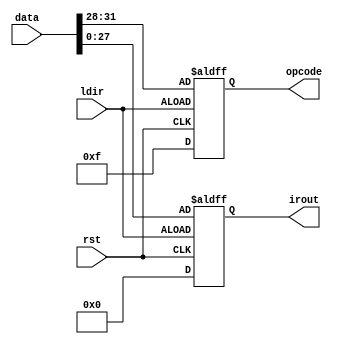
module instruction_register(       
    input wire rst,          // Reset signal
    input wire ldir,         // Load instruction signal
    input wire [31:0] data,  // 32-bit instruction input
    output reg [3:0] opcode, // 4-bit opcode output
    output reg [27:0] irout  // 28-bit instruction output
);

always @(posedge rst or posedge ldir) begin
    if (ldir) begin
        // If load instruction signal is asserted, load the data into opcode and irout
        opcode <= data[31:28]; // MSB 4 bits as opcode
        irout <= data[27:0];   // Remaining 28 bits as irout
    end
    else if (rst) begin
        // If reset is asserted, set opcode to all 1's and irout to 0
        opcode <= 4'b1111;
        irout <= 28'b0;
    end  
    // No 'else' statement; retain the current value if neither rst nor ldir is asserted
end

endmodule